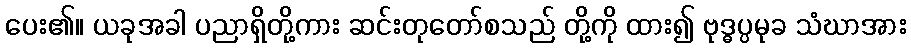
ပေး၏။ ယခုအခါ ပညာရှိတို့ကား ဆင်းတုတော်စသည် တို့ကို ထား၍ ဗုဒ္ဓပ္ပမုခ သံဃာအား